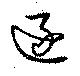
逐